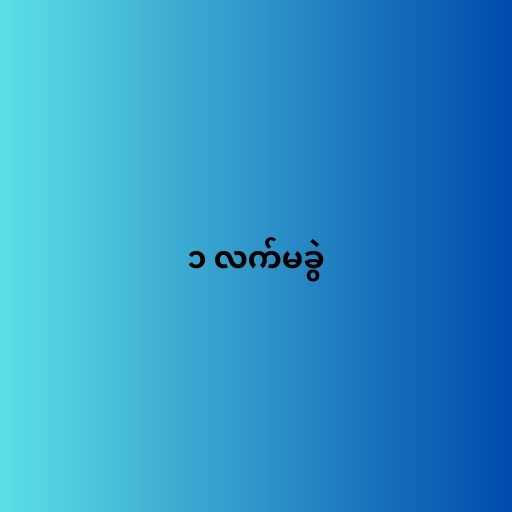
၁ လက်မခွဲ